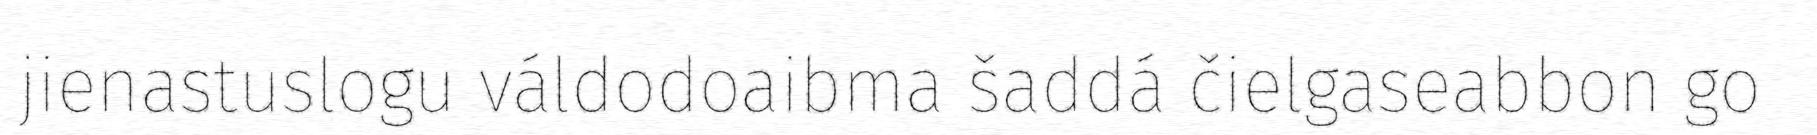
jienastuslogu váldodoaibma šaddá čielgaseabbon go